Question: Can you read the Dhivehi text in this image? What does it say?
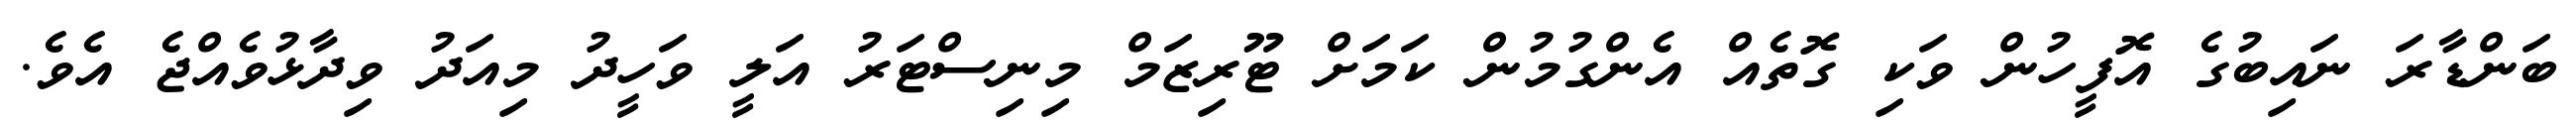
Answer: ބަންޑާރަ ނައިބުގެ އޮފީހުން ވަކި ގޮތެއް އެންގުމުން ކަމަށް ޓޫރިޒަމް މިނިސްޓަރު އަލީ ވަހީދު މިއަދު ވިދާޅުވެއްޖެ އެވެ.